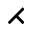
\rightthreetimes